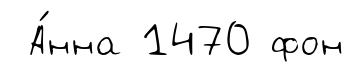
А́нна 1470 фон